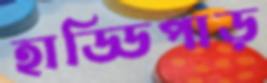
হাড্ডিপাড়